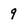
Character: 9